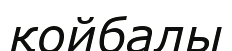
қойбалы